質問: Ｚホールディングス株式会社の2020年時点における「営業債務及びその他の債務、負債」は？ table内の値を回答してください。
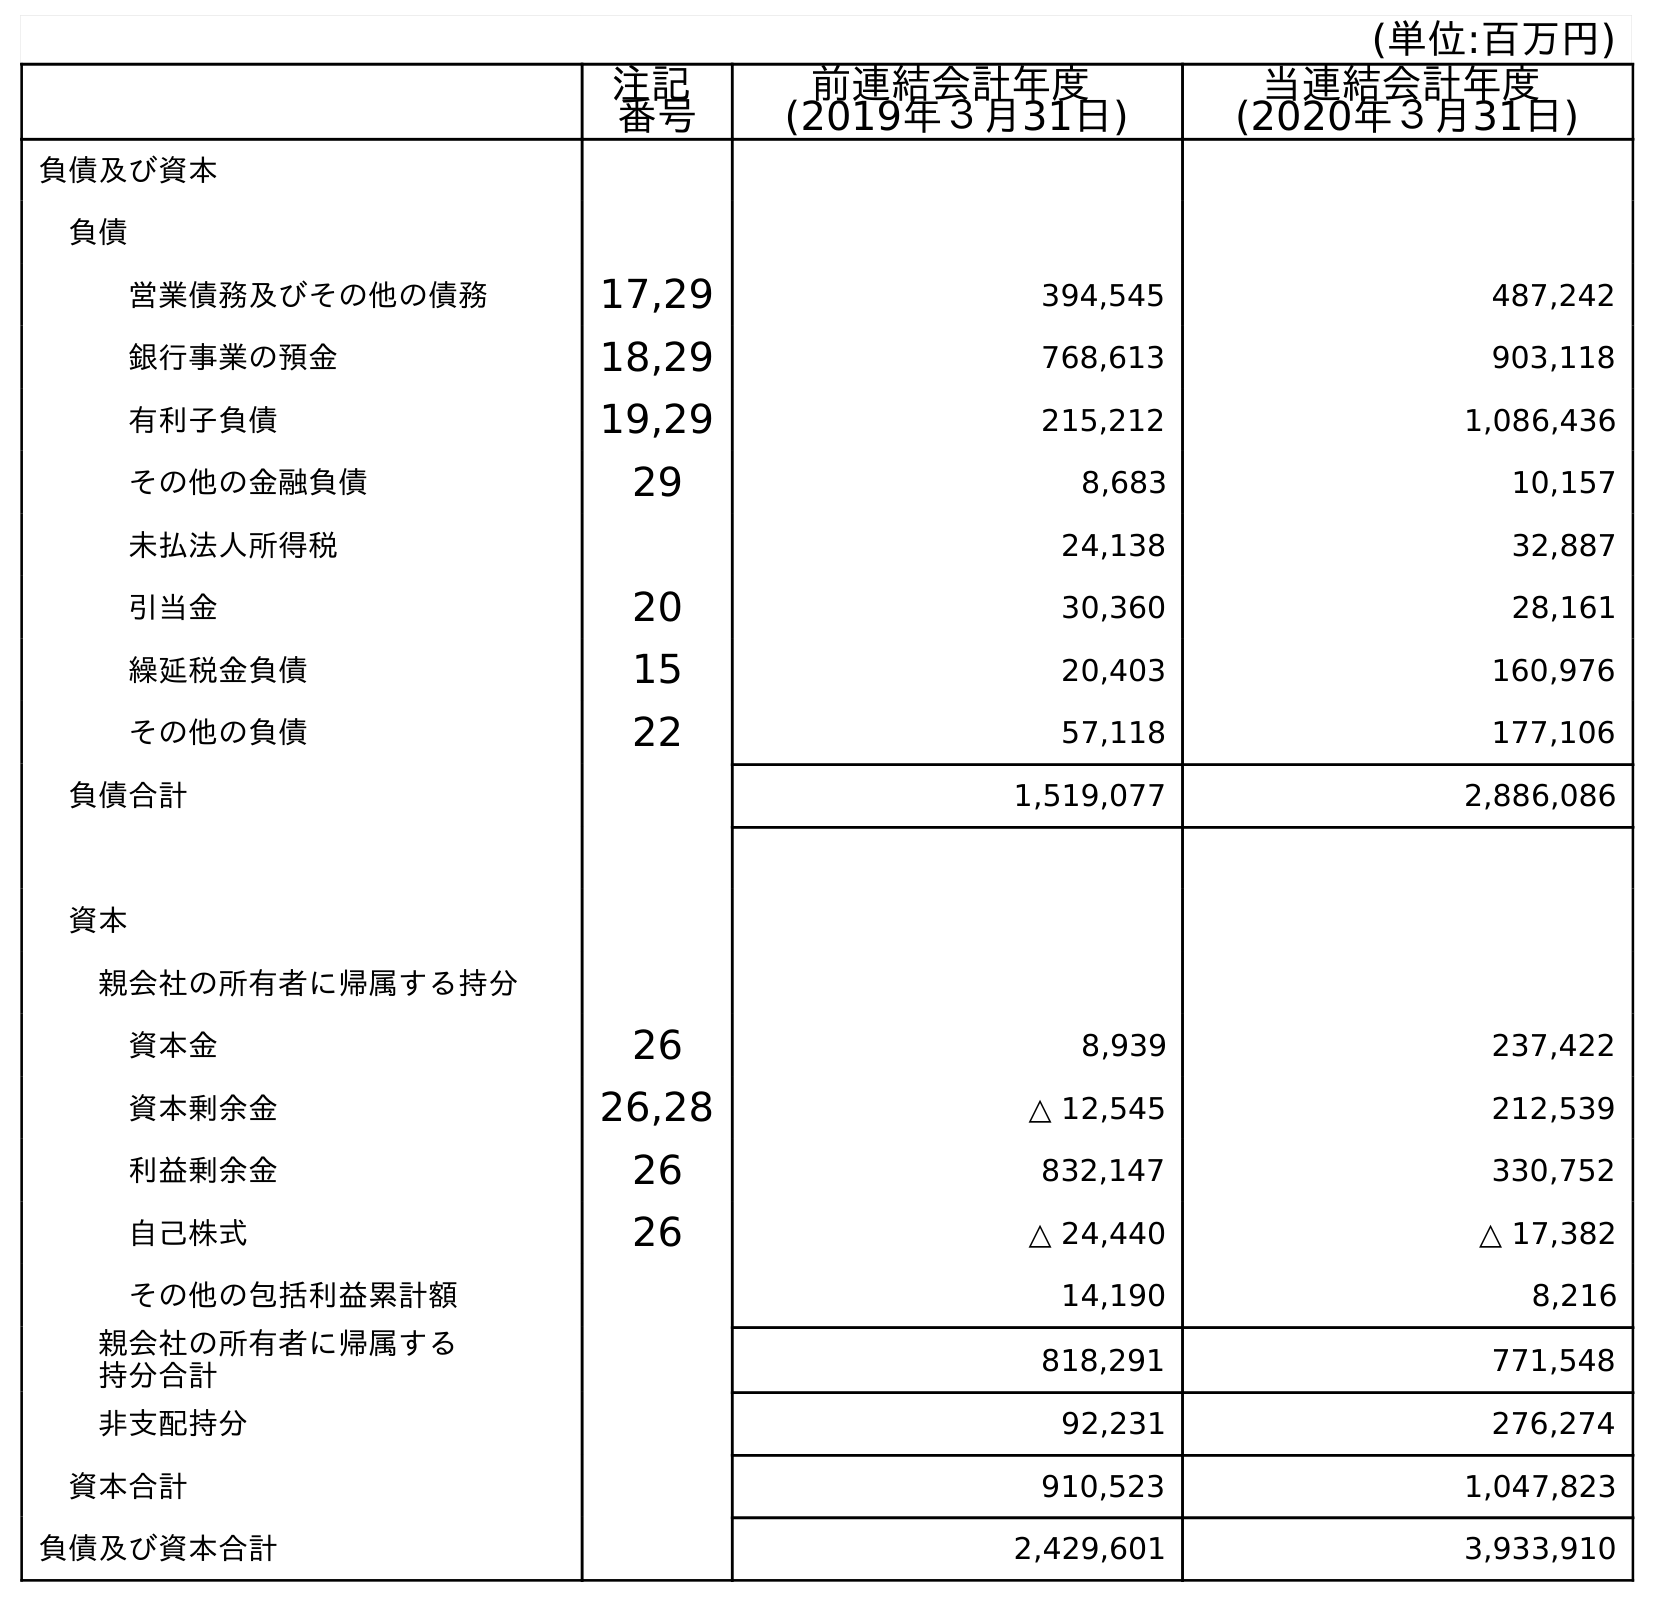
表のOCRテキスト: (単位:百万円) 注記 番号 前連結会計年度 (2019年３月31日) 当連結会計年度 (2020年３月31日) 負債及び資本 負債 営業債務及びその他の債務 17,29 394,545 487,242 銀行事業の預金 18,29 768,613 903,118 有利子負債 19,29 215,212 1,086,436 その他の金融負債 29 8,683 10,157 未払法人所得税 24,138 32,887 引当金 20 30,360 28,161 繰延税金負債 15 20,403 160,976 その他の負債 22 57,118 177,106 負債合計 1,519,077 2,886,086 資本 親会社の所有者に帰属する持分 資本金 26 8,939 237,422 資本剰余金 26,28 △ 12,545 212,539 利益剰余金 26 832,147 330,752 自己株式 26 △ 24,440 △ 17,382 その他の包括利益累計額 14,190 8,216 親会社の所有者に帰属する 持分合計 818,291 771,548 非支配持分 92,231 276,274 資本合計 910,523 1,047,823 負債及び資本合計 2,429,601 3,933,910
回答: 487,242